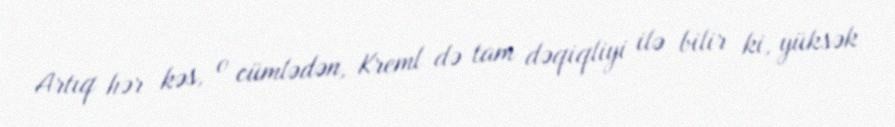
Artıq hər kəs, o cümlədən, Kreml də tam dəqiqliyi ilə bilir ki, yüksək